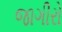
જાગીરો